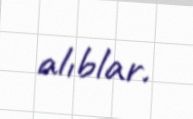
alıblar.